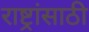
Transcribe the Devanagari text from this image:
राष्ट्रांसाठी